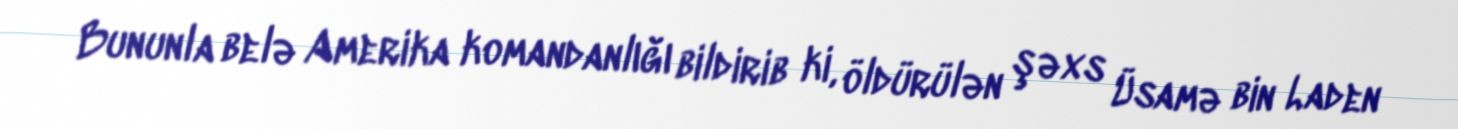
Bununla belə Amerika komandanlığı bildirib ki, öldürülən şəxs Üsamə bin Laden